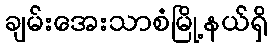
ချမ်းအေးသာစံမြို့နယ်ရှိ